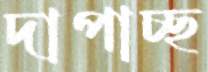
দাপাচ্ছ